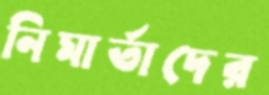
নিমার্তাদের